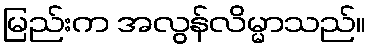
မြည်းက အလွန်လိမ္မာသည်။